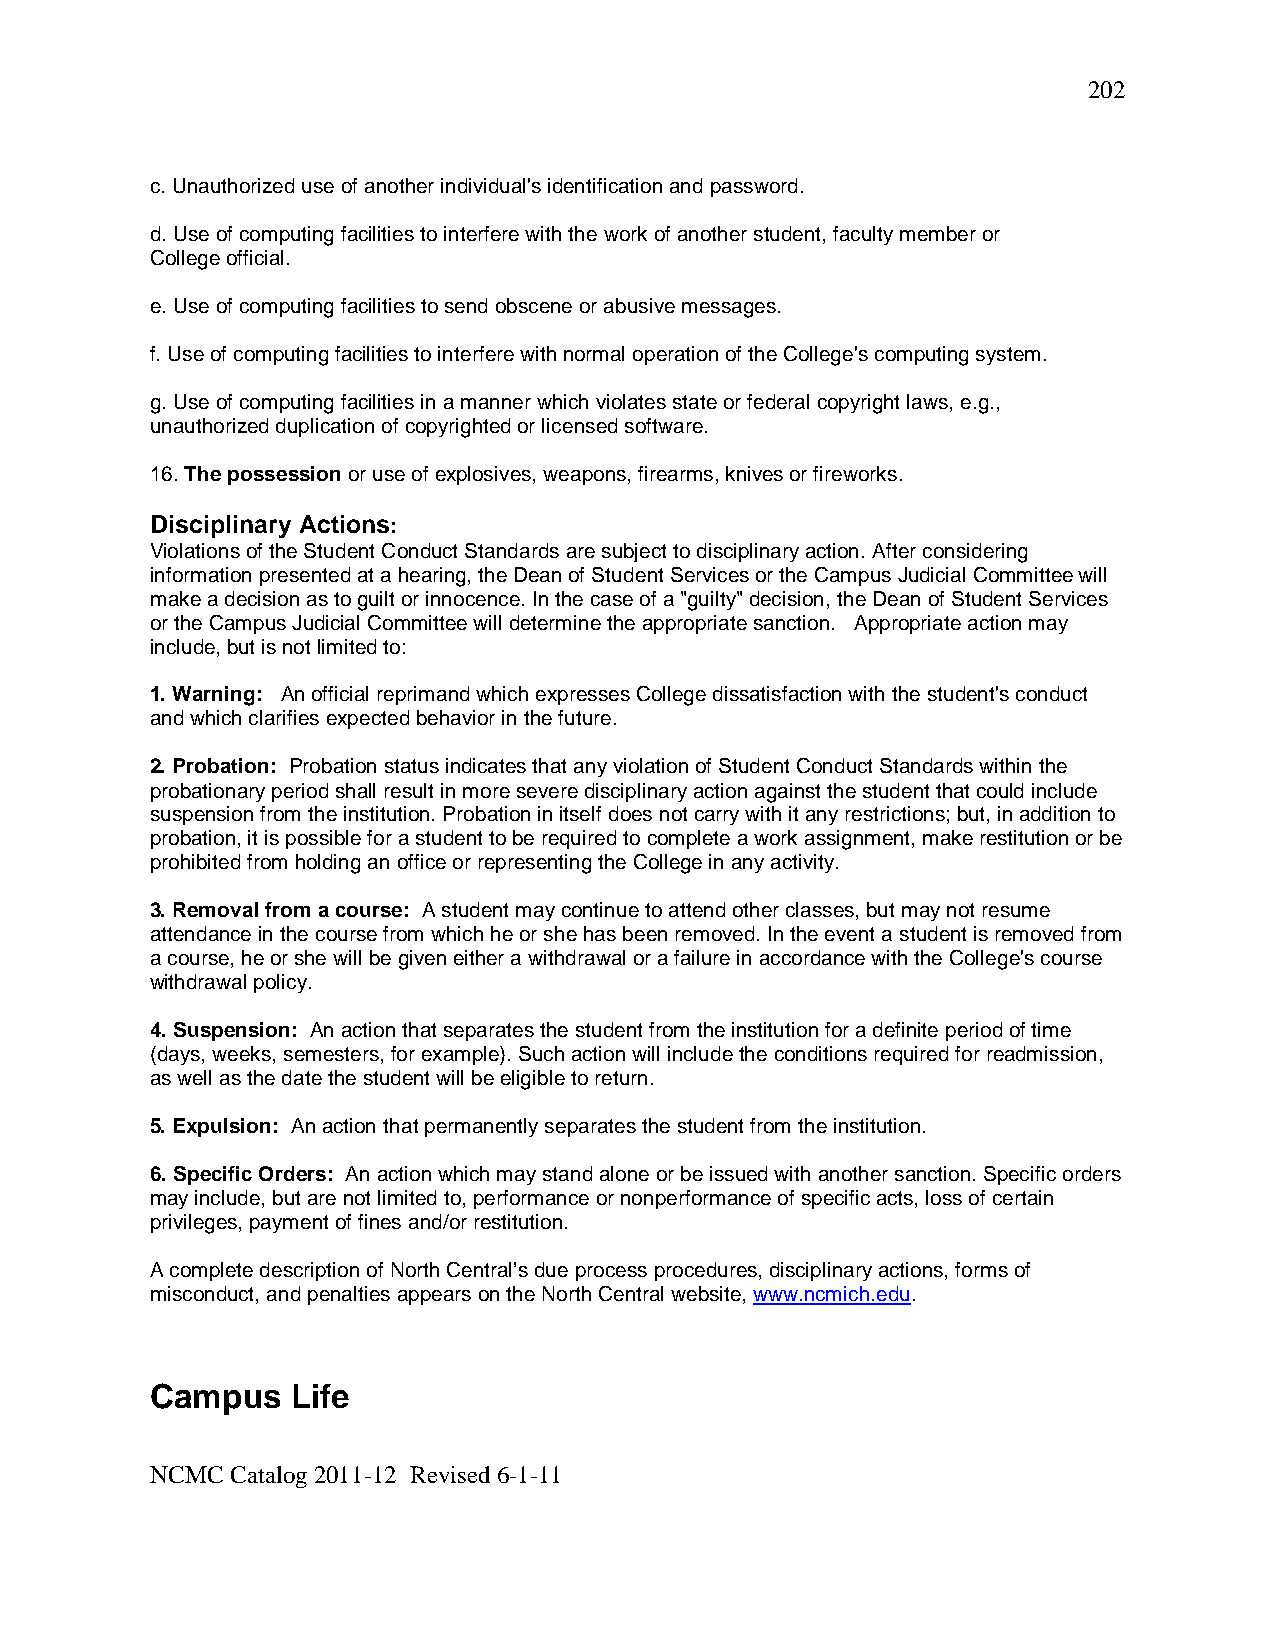
202
 c. Unauthorized use of another individual's identification and password.
 d. Use of computing facilities to interfere with the work of another student, faculty member or
 College official.
 e. Use of computing facilities to send obscene or abusive messages.
 f. Use of computing facilities to interfere with normal operation of the College's computing system.
 g. Use of computing facilities in a manner which violates state or federal copyright laws, e.g.,
 unauthorized duplication of copyrighted or licensed software.
 16. The possession or use of explosives, weapons, firearms, knives or fireworks.
 Disciplinary Actions:
 Violations of the Student Conduct Standards are subject to disciplinary action. After considering
 information presented at a hearing, the Dean of Student Services or the Campus Judicial Committee will
 make a decision as to guilt or innocence. In the case of a "guilty" decision, the Dean of Student Services
 or the Campus Judicial Committee will determine the appropriate sanction. Appropriate action may
 include, but is not limited to:
 1. Warning: An official reprimand which expresses College dissatisfaction with the student's conduct
 and which clarifies expected behavior in the future.
 2. Probation: Probation status indicates that any violation of Student Conduct Standards within the
 probationary period shall result in more severe disciplinary action against the student that could include
 suspension from the institution. Probation in itself does not carry with it any restrictions; but, in addition to
 probation, it is possible for a student to be required to complete a work assignment, make restitution or be
 prohibited from holding an office or representing the College in any activity.
 3. Removal from a course: A student may continue to attend other classes, but may not resume
 attendance in the course from which he or she has been removed. In the event a student is removed from
 a course, he or she will be given either a withdrawal or a failure in accordance with the College's course
 withdrawal policy.
 4. Suspension: An action that separates the student from the institution for a definite period of time
 (days, weeks, semesters, for example). Such action will include the conditions required for readmission,
 as well as the date the student will be eligible to return.
 5. Expulsion: An action that permanently separates the student from the institution.
 6. Specific Orders: An action which may stand alone or be issued with another sanction. Specific orders
 may include, but are not limited to, performance or nonperformance of specific acts, loss of certain
 privileges, payment of fines and/or restitution.
 A complete description of North Central’s due process procedures, disciplinary actions, forms of
 misconduct, and penalties appears on the North Central website, www.ncmich.edu.
 Campus   Life
 NCMC Catalog 2011-12 Revised 6-1-11